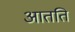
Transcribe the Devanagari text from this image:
आतति